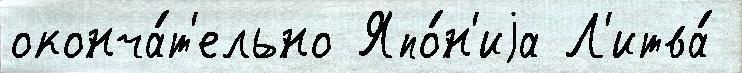
оконча́т'ельно Япо́н'иjа Л'итва́